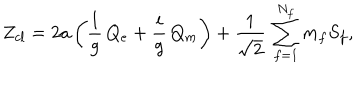
LaTeX: Z _ { c l } = 2 a \, \biggl ( { \frac { 1 } { g } } \, Q _ { e } + { \frac { i } { g } } \, Q _ { m } \biggr ) + { \frac { 1 } { \sqrt { 2 } } } \, \sum _ { f = 1 } ^ { N _ { f } } m _ { f } S _ { f } ,